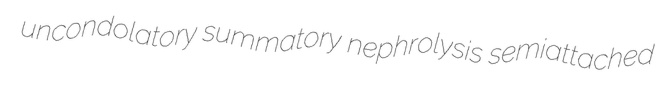
uncondolatory summatory nephrolysis semiattached